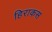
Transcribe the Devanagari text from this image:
हिराकस